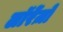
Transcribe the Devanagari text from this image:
लॉरेंज़ो